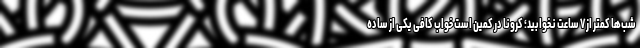
شب‌ها کمتر از ۷ ساعت نخوابید؛ کرونا در کمین است خواب کافی یکی از ساده